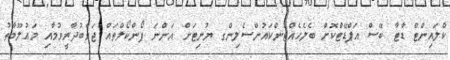
ކްލައިންޓް ޑާޓާ ބޭސް އަޕްޑޭޓްކޮށް ބެލެހެއްޓުންކައުންސެލިންގ ޔުނިޓަށް އަންނަ ފޯންކޯލްތައް ޖަވާބުދާރީވުމާއި މަޢުލޫމާތު